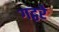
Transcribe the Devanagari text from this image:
गट्ठरे